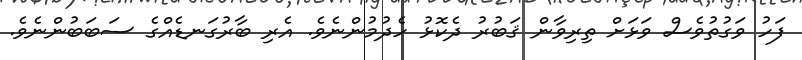
ފަހު ވަގުތުވެސް ވަޅަށް ތިރިވާން ޤަބުރު ދެކޮޅު ހެދުމުންނެވެ. އެރި ބާރުގަނޑެއްގެ ސަބަބުންނެވެ.